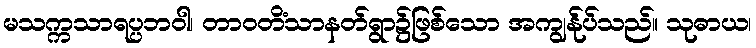
မသက္ကသာရပ္ပဘဝါ၊ တာဝတိံသာနတ်ရွာ၌ဖြစ်သော အကျွန်ုပ်သည်။ သုဓာယ၊